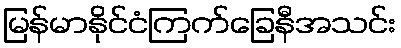
မြန်မာနိုင်ငံကြက်ခြေနီအသင်း